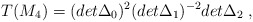
\begin{align*}T(M_4)=(det\Delta_0)^2(det\Delta_1)^{-2}det\Delta_2 \;,\end{align*}